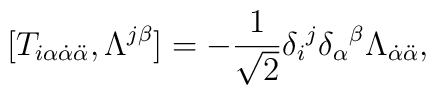
[ T_{i\alpha\dot{\alpha}\ddot{\alpha}}, \Lambda^{j\beta} ] = -\frac1{\sqrt{2}} \delta_i{}^j \delta_\alpha{}^\beta\Lambda_{\dot{\alpha}\ddot{\alpha}}, \nonumber